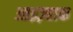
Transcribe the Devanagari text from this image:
आइज़्हाक